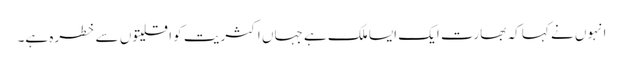
انہوں نے کہا کہ بھارت ایک ایسا ملک ہے جہاں اکثریت کو اقلیتوں سے خطرہ ہے۔